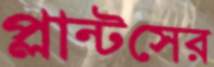
প্লান্টসের